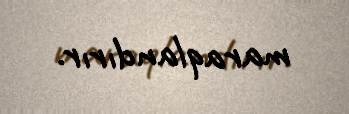
maraqlandırır.